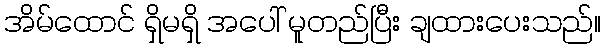
အိမ်ထောင် ရှိမရှိ အပေါ် မူတည်ပြီး ချထားပေးသည်။